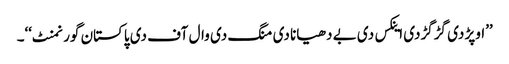
’’اوپڑ دی گڑگڑدی اینکس دی بے دھیانا دی منگ دی وال آف دی پاکستان گورنمنٹ‘‘۔